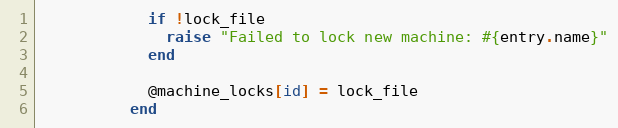
Language: Ruby
            if !lock_file
              raise "Failed to lock new machine: #{entry.name}"
            end

            @machine_locks[id] = lock_file
          end